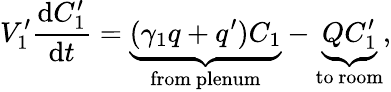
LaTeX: V_{1}^{\prime}\frac{\mathrm{d}C_{1}^{\prime}}{\mathrm{d}t}=\underbrace{(\gamma_{1}q+q^{\prime})C_{1}}_{\mathrm{from\ plenum}}-\underbrace{QC_{1}^{\prime}}_{\mathrm{to\ room}},